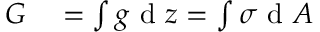
\begin{array} { r l } { G } & { { } = \int g \mathrm { ~ d ~ } z = \int \sigma \mathrm { ~ d ~ } A } \end{array}